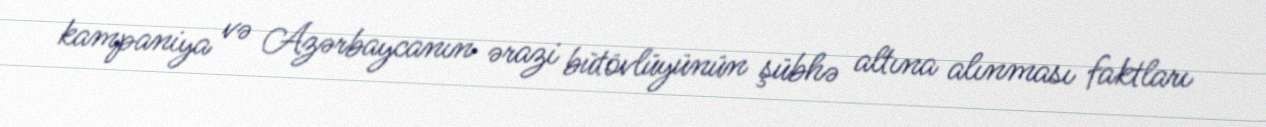
kampaniya və Azərbaycanın ərazi bütövlüyünün şübhə altına alınması faktları